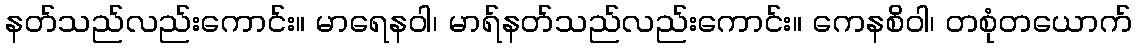
နတ်သည်လည်းကောင်း။ မာရေနဝါ၊ မာရ်နတ်သည်လည်းကောင်း။ ကေနစိဝါ၊ တစုံတယောက်